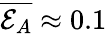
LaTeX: \overline{{\mathcal{E}_{A}}}\approx 0.1